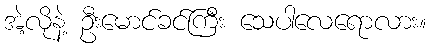
အဲ့လိုနဲ့ ဦးမောင်ခင်ကြီး သေပါလေရောလား။